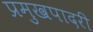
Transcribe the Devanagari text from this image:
प्रमुखपादरी